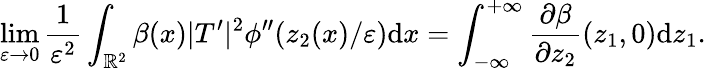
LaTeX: \operatorname*{lim}_{\varepsilon\to 0}\frac{1}{\varepsilon^{2}}\int_{\mathbb{R}^{2}}\beta(x)|T^{\prime}|^{2}\phi^{\prime\prime}(z_{2}(x)/\varepsilon)\textrm{d}x=\int_{-\infty}^{+\infty}\frac{\partial\beta}{\partial z_{2}}(z_{1},0)\textrm{d}z_{1}.